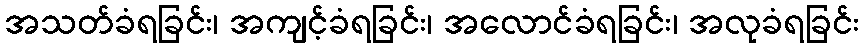
အသတ်ခံရခြင်း၊ အကျင့်ခံရခြင်း၊ အလောင်ခံရခြင်း၊ အလုခံရခြင်း